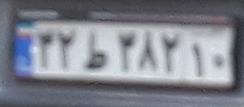
۳۲ط۳۸۲۱۰